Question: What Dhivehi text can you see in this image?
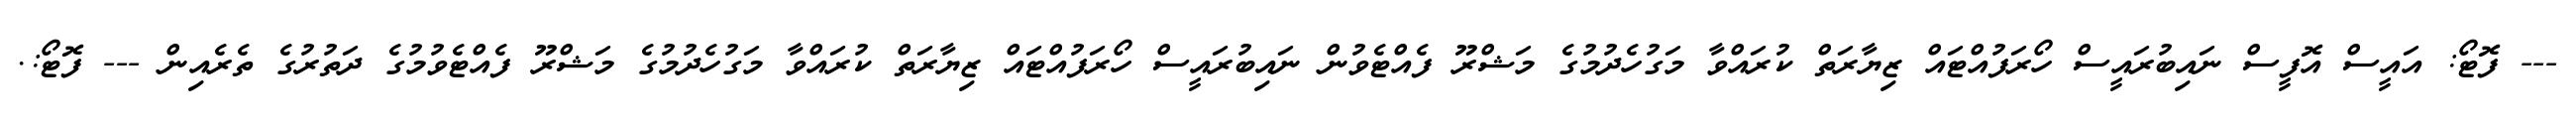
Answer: --- ފޮޓޯ: އައީސް އޮފީސް ނައިބުރައީސް ހޯރަފުއްޓައް ޒިޔާރަތް ކުރައްވާ މަގުހެދުމުގެ މަޝްރޫ ފެއްޓެވުން ނައިބުރައީސް ހޯރަފުއްޓައް ޒިޔާރަތް ކުރައްވާ މަގުހެދުމުގެ މަޝްރޫ ފެއްޓެވުމުގެ ދަތުރުގެ ތެރެއިން --- ފޮޓޯ:.